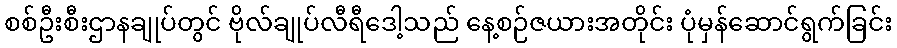
စစ်ဦးစီးဌာနချုပ်တွင် ဗိုလ်ချုပ်လီရီဒေါ့သည် နေ့စဉ်ဇယားအတိုင်း ပုံမှန်ဆောင်ရွက်ခြင်း